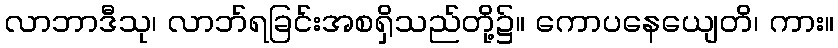
လာဘာဒီသု၊ လာဘ်ရခြင်းအစရှိသည်တို့၌။ ကောပနေယျေတိ၊ ကား။